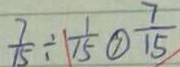
\frac { 7 } { 1 5 } \div 1 \frac { 1 } { 1 5 } \textcircled { > } \frac { 7 } { 1 5 }